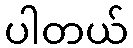
ပါတယ်